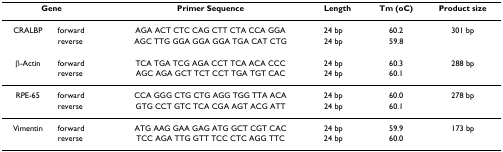
<table><thead><tr><td colspan="2"><b>Gene</b></td><td><b>Primer Sequence</b></td><td><b>Length</b></td><td><b>Tm (oC)</b></td><td><b>Product size</b></td></tr></thead><tbody><tr><td>CRALBP</td><td>forward</td><td>AGA ACT CTC CAG CTT CTA CCA GGA</td><td>24 bp</td><td>60.2</td><td>301 bp</td></tr><tr><td></td><td>reverse</td><td>AGC TTG GGA GGA GGA TGA CAT CTG</td><td>24 bp</td><td>59.8</td><td></td></tr><tr><td>β-Actin</td><td>forward</td><td>TCA TGA TCG AGA CCT TCA ACA CCC</td><td>24 bp</td><td>60.3</td><td>288 bp</td></tr><tr><td></td><td>reverse</td><td>AGC AGA GCT TCT CCT TGA TGT CAC</td><td>24 bp</td><td>60.1</td><td></td></tr><tr><td>RPE-65</td><td>forward</td><td>CCA GGG CTG CTG AGG TGG TTA ACA</td><td>24 bp</td><td>60.0</td><td>278 bp</td></tr><tr><td></td><td>reverse</td><td>GTG CCT GTC TCA CGA AGT ACG ATT</td><td>24 bp</td><td>60.1</td><td></td></tr><tr><td>Vimentin</td><td>forward</td><td>ATG AAG GAA GAG ATG GCT CGT CAC</td><td>24 bp</td><td>59.9</td><td>173 bp</td></tr><tr><td></td><td>reverse</td><td>TCC AGA TTG GTT TCC CTC AGG TTC</td><td>24 bp</td><td>60.0</td><td></td></tr></tbody></table>